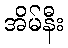
အိမ်နီး